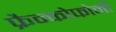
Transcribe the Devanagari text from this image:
फ्रैन्कोफोनी